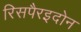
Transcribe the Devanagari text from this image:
रिसपैरइदोन